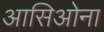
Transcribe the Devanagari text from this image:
आसिओना